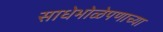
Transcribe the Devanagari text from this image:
साधेभोळेपणाच्या